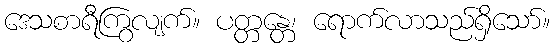
ဒေသစာရီကြွလျက်။ ပတ္တန္တေ၊ ရောက်လာသည်ရှိသော်။